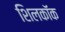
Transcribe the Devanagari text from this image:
शिलकॉक